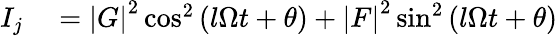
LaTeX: \begin{array}{rl}{I_{j}}&{{}=\left\vert G\right\vert^{2}\cos^{2}\left(l\Omega t+\theta\right)+\left\vert F\right\vert^{2}\sin^{2}\left(l\Omega t+\theta\right)}\end{array}